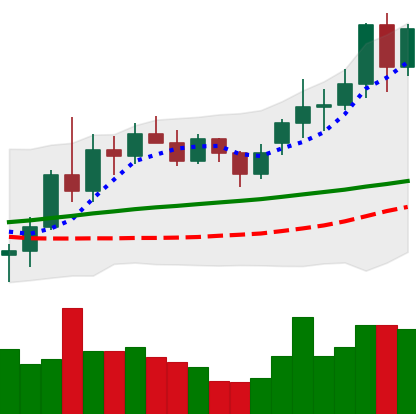
Ticker: LINK-USD
Chart end date: 2020-11-23
Forward return: -14.357%
Label: down_7plus